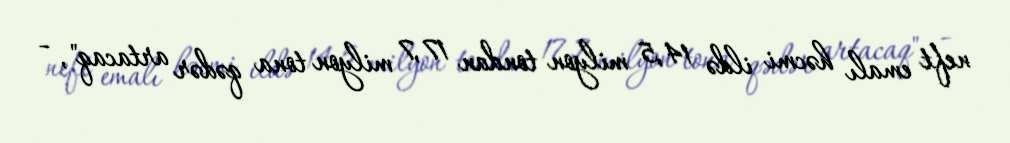
neft emalı həcmi ildə 14,5 milyon tondan 17,7 milyon tona qədər artacaq", -